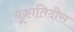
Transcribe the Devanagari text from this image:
यूक्रातिदीस